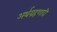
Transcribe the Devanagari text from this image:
अर्थग्रहणादी